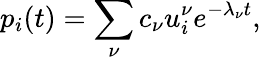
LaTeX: p_{i}(t)=\sum_{\nu}c_{\nu}u_{i}^{\nu}e^{-\lambda_{\nu}t},